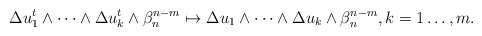
\begin{align*} \begin{aligned}\Delta u_1^t\wedge\dots\wedge\Delta u_k^t&\wedge\beta_n^{n-m}\mapsto\Delta u_1\wedge\dots\wedge\Delta u_k\wedge\beta_n^{n-m}, k=1\dots ,m.\end{aligned} \end{align*}